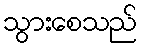
သွားစေသည်